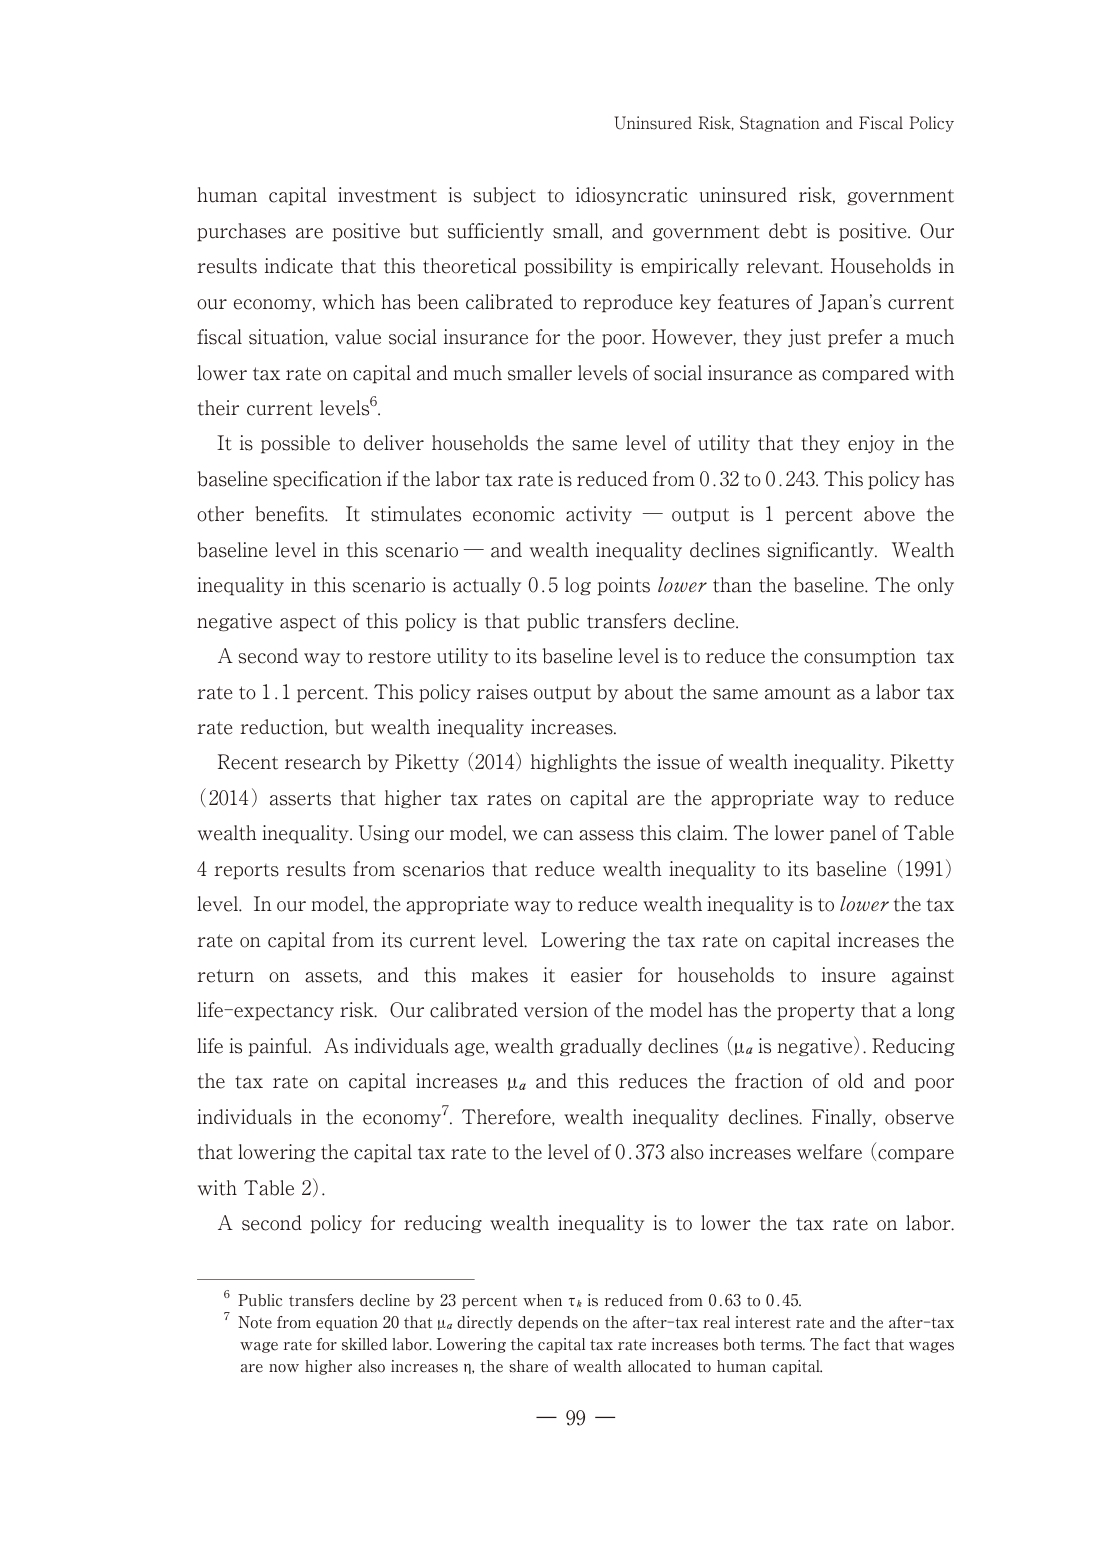
Uninsured Risk, Stagnation and Fiscal Policy

human capital investment is subject to idiosyncratic uninsured risk, government purchases are positive but sufficiently small, and government debt is positive. Our results indicate that this theoretical possibility is empirically relevant. Households in our economy, which has been calibrated to reproduce key features of Japan's current fiscal situation, value social insurance for the poor. However, they just prefer a much lower tax rate on capital and much smaller levels of social insurance as compared with their current levels⁶.

It is possible to deliver households the same level of utility that they enjoy in the baseline specification if the labor tax rate is reduced from 0.32 to 0.243. This policy has other benefits. It stimulates economic activity — output is 1 percent above the baseline level in this scenario — and wealth inequality declines significantly. Wealth inequality in this scenario is actually 0.5 log points lower than the baseline. The only negative aspect of this policy is that public transfers decline.

A second way to restore utility to its baseline level is to reduce the consumption tax rate to 1.1 percent. This policy raises output by about the same amount as a labor tax rate reduction, but wealth inequality increases.

Recent research by Piketty (2014) highlights the issue of wealth inequality. Piketty (2014) asserts that higher tax rates on capital are the appropriate way to reduce wealth inequality. Using our model, we can assess this claim. The lower panel of Table 4 reports results from scenarios that reduce wealth inequality to its baseline (1991) level. In our model, the appropriate way to reduce wealth inequality is to lower the tax rate on capital from its current level. Lowering the tax rate on capital increases the return on assets, and this makes it easier for households to insure against life-expectancy risk. Our calibrated version of the model has the property that a long life is painful. As individuals age, wealth gradually declines (μₐ is negative). Reducing the tax rate on capital increases μₐ and this reduces the fraction of old and poor individuals in the economy⁷. Therefore, wealth inequality declines. Finally, observe that lowering the capital tax rate to the level of 0.373 also increases welfare (compare with Table 2).

A second policy for reducing wealth inequality is to lower the tax rate on labor.

⁶ Public transfers decline by 23 percent when τₖ is reduced from 0.63 to 0.45.
⁷ Note from equation 20 that μₐ directly depends on the after-tax real interest rate and the after-tax wage rate for skilled labor. Lowering the capital tax rate increases both terms. The fact that wages are now higher also increases η, the share of wealth allocated to human capital.

— 99 —